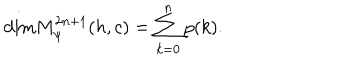
\mathrm { d i m } M _ { \psi } ^ { 2 n + 1 } ( h , c ) = \sum _ { k = 0 } ^ { n } p ( k ) .